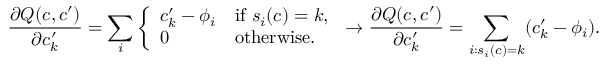
\frac { \partial Q ( c , c ^ { \prime } ) } { \partial c _ { k } ^ { \prime } } = \sum _ { i } \left\{ \begin{array} { l l } { c _ { k } ^ { \prime } - \phi _ { i } } & { \mathrm { i f ~ } s _ { i } ( c ) = k , } \\ { 0 } & { \mathrm { o t h e r w i s e . } } \end{array} \right. \rightarrow \frac { \partial Q ( c , c ^ { \prime } ) } { \partial c _ { k } ^ { \prime } } = \sum _ { i : s _ { i } ( c ) = k } ( c _ { k } ^ { \prime } - \phi _ { i } ) .